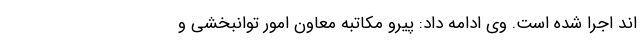
اند اجرا شده است. وی ادامه داد: پیرو مکاتبه معاون امور توانبخشی و